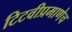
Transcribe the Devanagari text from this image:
टिटवीप्रमाणेच